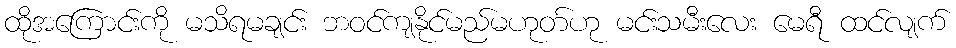
ထိုအကြောင်းကို မသိရမချင်း ဘဝင်ကျနိုင်မည်မဟုတ်ဟု မင်းသမီးလေး မေရီ ထင်လျက်